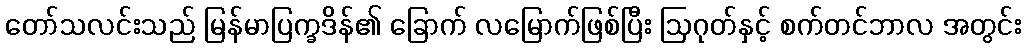
တော်သလင်းသည် မြန်မာပြက္ခဒိန်၏ ခြောက် လမြောက်ဖြစ်ပြီး ဩဂုတ်နှင့် စက်တင်ဘာလ အတွင်း